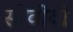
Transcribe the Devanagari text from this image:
सीवीवी